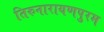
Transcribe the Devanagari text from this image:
तिरुनारायणपुरम